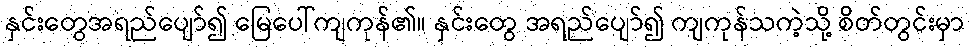
နှင်းတွေအရည်ပျော်၍ မြေပေါ်ကျကုန်၏။ နှင်းတွေ အရည်ပျော်၍ ကျကုန်သကဲ့သို့ စိတ်တွင်းမှာ